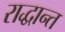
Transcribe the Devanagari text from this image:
राद्धान्त